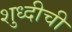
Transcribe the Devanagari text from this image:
शुध्दीची